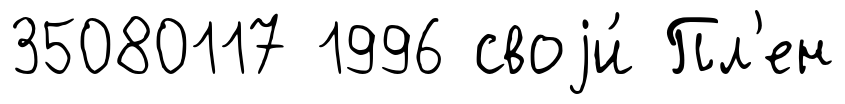
35080117 1996 своjи́ Пл'ен